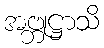
အဗ္ဘုဋ္ဌာသိ